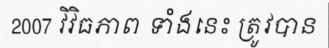
2007 វិវិធភាព ទាំងនេះ ត្រូវបាន